Reports on military cantonments and civil stations in the Presidency of Bombay inspected by the Sanitary Commissioner in the years 1875 and 1876
Year: 1875
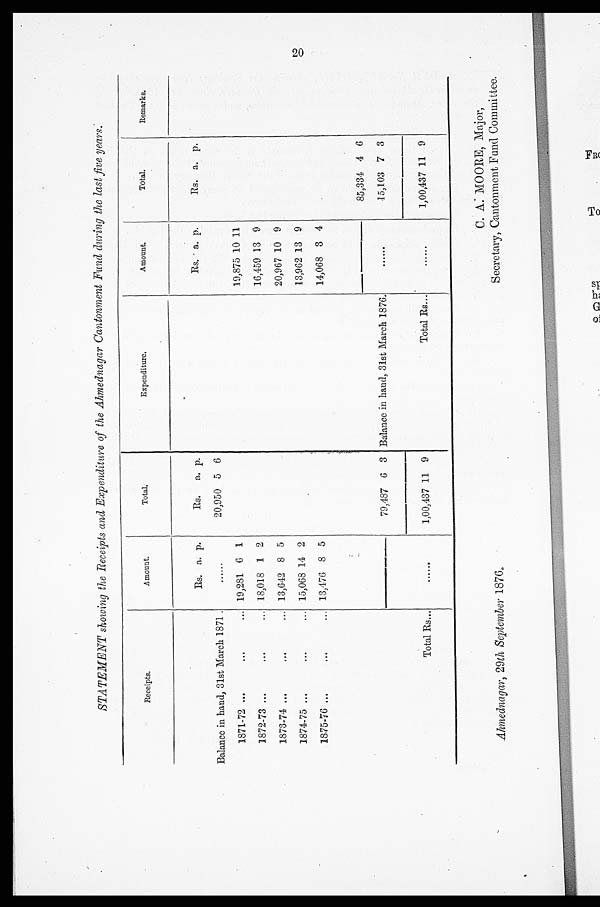
Ahmednagar, 29 th September 1876.
C. A: MOORE, Major,
Secretary, Cantonment Fund Committee.
STATEMENT showing the Receipts and Expenditure of the Ahmednagar Cantonment Fund during the last five years.
Receipts.
Amount.
Total.
E x p e n d i t u r e .
Amount.
Total.
Remarks.
Rs. a. p.
Rs.
a. p.
Rs. a. p.
Rs. a. p.
Balance in hand, 31st March 1871.
. . . . . .
20,950 5 6
1871-72 ...
...
... 19,281 6 1
19,875 10 11
1872-73 ...
. . .
... 18,018 1 2
16,459 13 9
1873-74 ...
...
... 13,642 8 5
20,967 10 9
1874-75 ...
. . .
... 15,068 14 2
13,962 13 9
1875-76 ...
. . .
...
13,476 8 5
14,068 3 4
85,334 4 6
.
79,487 6 3 Balance in hand, 31st March 1876.
.....
15,103 7 3
Total Rs...
. . . . . .
1,00,437 11 9
Total Rs...
......
1,00,437 11 9